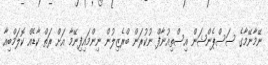
ނޭމާނޭމާގެ ސަސްޕެންޝަން އިސްތިއުނާފް ނުކުރަން ބްރެޒިލުން ނިންމައިފިނޭމާ އަށް ރަތް ކާޑެއް ކޮލަމްބިއާ